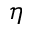
\eta